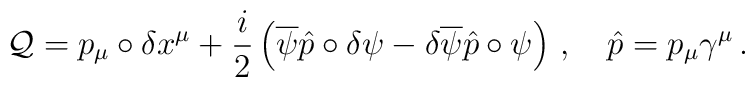
\mathcal{Q}=p_{\mu}\circ\delta x^{\mu}+\frac{i}{2}\left( \overline{\psi}\hat{p}\circ\delta\psi-\delta\overline{\psi}\hat{p}\circ\psi \right)\,,\quad\hat{p}=p_{\mu}\gamma^{\mu}\,.